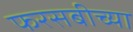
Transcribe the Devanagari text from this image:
फरसबीच्या